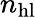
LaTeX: n_{\mathrm{hl}}